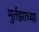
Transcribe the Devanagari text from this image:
मुर्तझाच्या